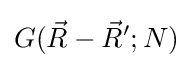
G({\vec {R}}-{\vec {R}}';N)